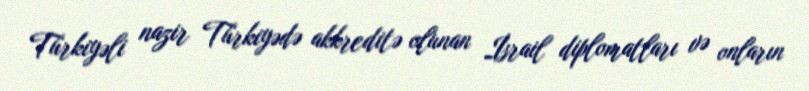
Türkiyəli nazir Türkiyədə akkreditə olunan İsrail diplomatları və onların